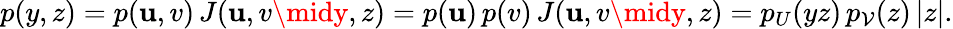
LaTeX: p(y,z)=p(\mathbf{u},v)\, J(\mathbf{u},v\midy,z)=p(\mathbf{u})\, p(v)\, J(\mathbf{u},v\midy,z)=p_{U}(yz)\, p_{\mathcal{V}}(z)\, |z|.